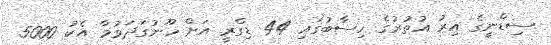
ސިޑްނީގެ އިރު އުތުރުގެ ހިސާބުގައި 44 ޑިގްރީ އަށް ހޫނުގަދަވުމާ އެކު 5000